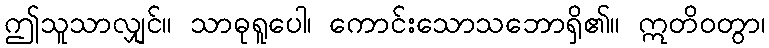
ဤသူသာလျှင်။ သာဓုရူပေါ၊ ကောင်းသောသဘောရှိ၏။ ဣတိဝတွာ၊